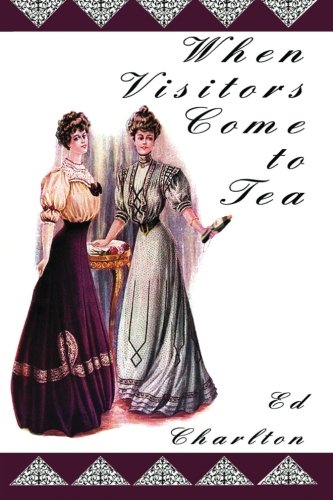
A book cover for When Visitors Come to Tea; Ed Charlton; Literature & Fiction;